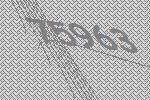
75963